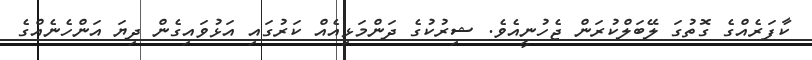
ކާފަރެއްގެ ގޮތުގަ ލޭބަލްކުރަން ޖެހުނީއެވެ. ޝިރުކުގެ ދަންމަޅިއެއް ކަރުގައި އަޅުވައިގެން ދިޔަ އަންހެނެއްގެ